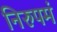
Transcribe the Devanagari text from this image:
निरुपमं